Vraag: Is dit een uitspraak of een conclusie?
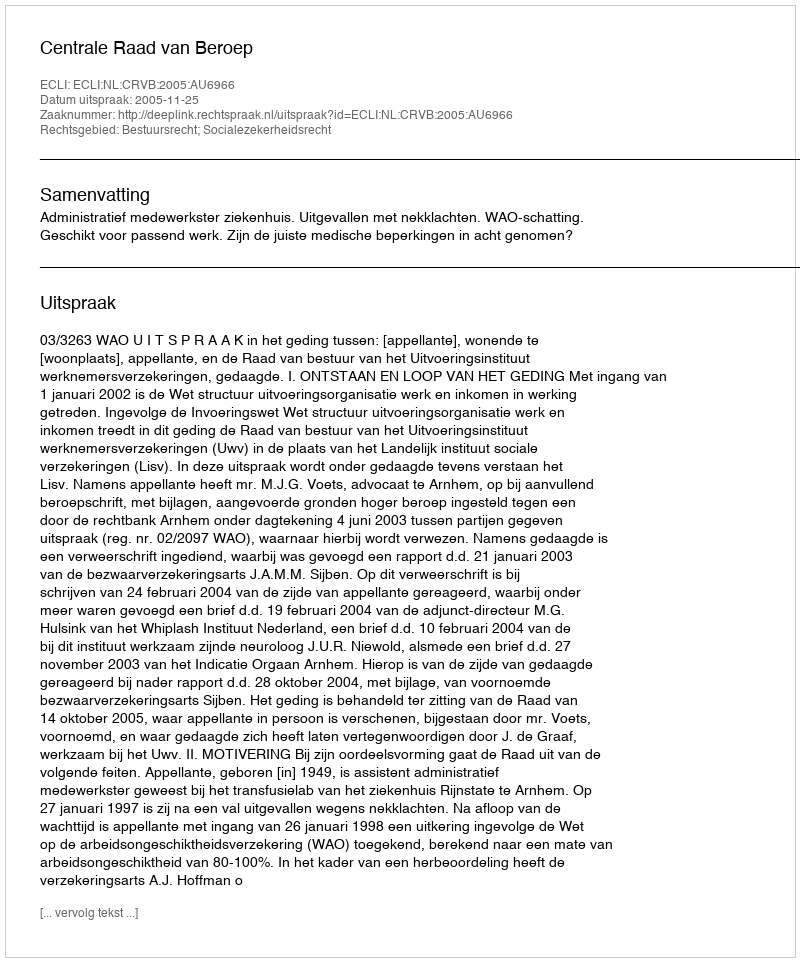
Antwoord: Uitspraak